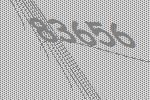
83656